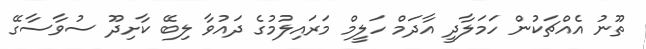
ތޫނު އެއްޗަކުން ހަމަލާދީ އާދަމް ހަލީމް މަރައިލުމުގެ ދައުވާ ލިބޭ ކާށިދޫ ސުވާސާގޭ